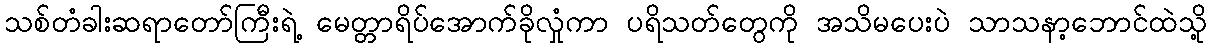
သစ်တံခါးဆရာတော်ကြီးရဲ့ မေတ္တာရိပ်အောက်ခိုလှုံကာ ပရိသတ်တွေကို အသိမပေးပဲ သာသနာ့ဘောင်ထဲသို့